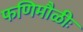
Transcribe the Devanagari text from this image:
फणिमौळीः